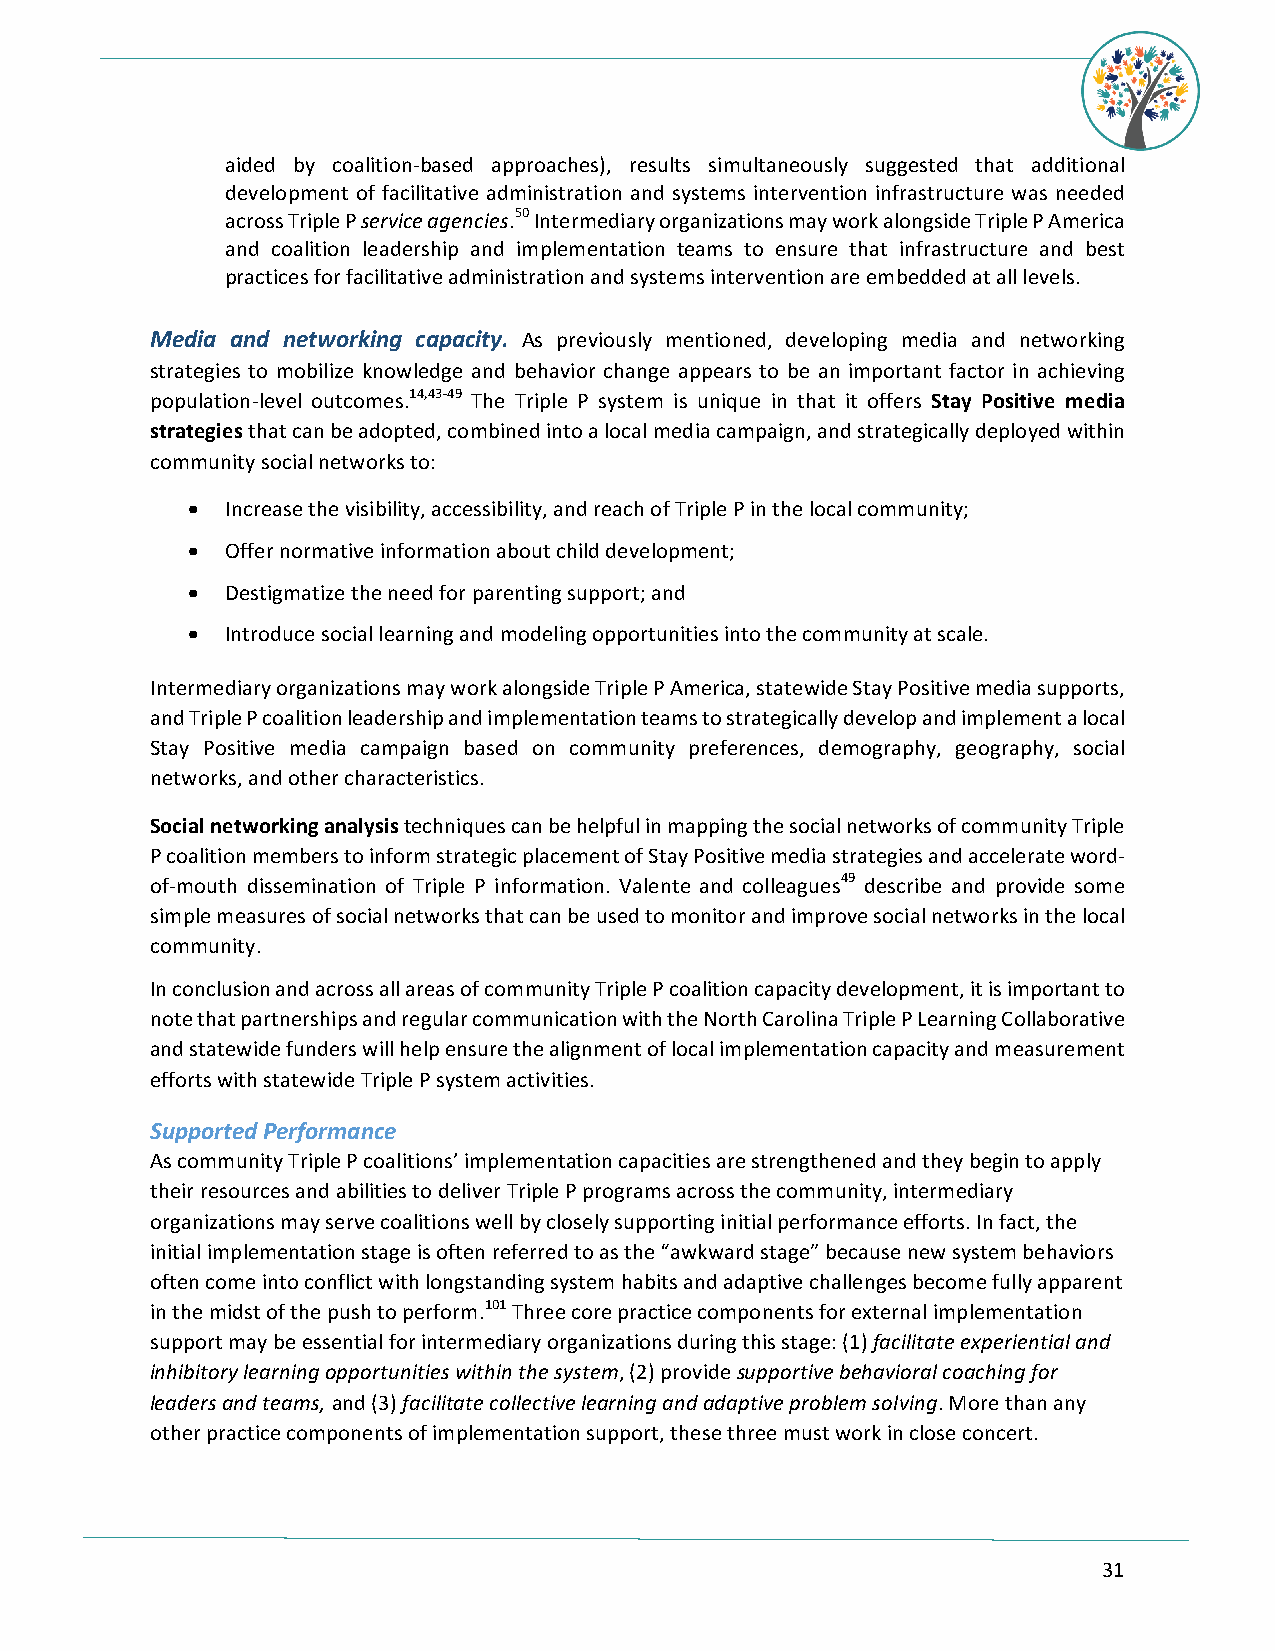
aided by coalition-based approaches), results simultaneously suggested that additional
 development of facilitative administration and systems intervention infrastructure was needed
 across Triple P service agencies.50 Intermediary organizations may work alongside Triple P America
 and coalition leadership and implementation teams to ensure that infrastructure and best
 practices for facilitative administration and systems intervention are embedded at all levels.
 Media and networking capacity. As previously mentioned, developing media and networking
 strategies to mobilize knowledge and behavior change appears to be an important factor in achieving
 population-level outcomes.14,43-49 The Triple P system is unique in that it offers Stay Positive media
 strategies that can be adopted, combined into a local media campaign, and strategically deployed within
 community social networks to:
 •  Increase the visibility, accessibility, and reach of Triple P in the local community;
 •  Offer normative information about child development;
 •  Destigmatize the need for parenting support; and
 •  Introduce social learning and modeling opportunities into the community at scale.
 Intermediary organizations may work alongside Triple P America, statewide Stay Positive media supports,
 and Triple P coalition leadership and implementation teams to strategically develop and implement a local
 Stay Positive media campaign based on community preferences, demography, geography, social
 networks, and other characteristics.
 Social networking analysis techniques can be helpful in mapping the social networks of community Triple
 P coalition members to inform strategic placement of Stay Positive media strategies and accelerate word-
 of-mouth dissemination of Triple P information. Valente and colleagues49 describe and provide some
 simple measures of social networks that can be used to monitor and improve social networks in the local
 community.
 In conclusion and across all areas of community Triple P coalition capacity development, it is important to
 note that partnerships and regular communication with the North Carolina Triple P Learning Collaborative
 and statewide funders will help ensure the alignment of local implementation capacity and measurement
 efforts with statewide Triple P system activities.
 Supported Performance
 As community Triple P coalitions’ implementation capacities are strengthened and they begin to apply
 their resources and abilities to deliver Triple P programs across the community, intermediary
 organizations may serve coalitions well by closely supporting initial performance efforts. In fact, the
 initial implementation stage is often referred to as the “awkward stage” because new system behaviors
 often come into conflict with longstanding system habits and adaptive challenges become fully apparent
 in the midst of the push to perform.101 Three core practice components for external implementation
 support may be essential for intermediary organizations during this stage: (1) facilitate experiential and
 inhibitory learning opportunities within the system, (2) provide supportive behavioral coaching for
 leaders and teams, and (3) facilitate collective learning and adaptive problem solving. More than any
 other practice components of implementation support, these three must work in close concert.
 31